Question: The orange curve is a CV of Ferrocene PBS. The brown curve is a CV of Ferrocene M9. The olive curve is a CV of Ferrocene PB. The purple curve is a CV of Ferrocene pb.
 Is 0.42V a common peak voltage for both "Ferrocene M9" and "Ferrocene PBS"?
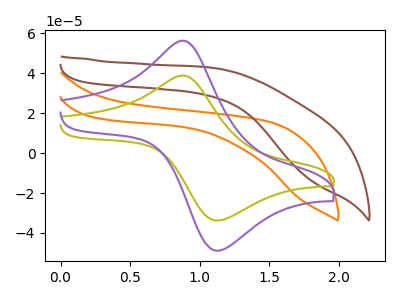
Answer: <think>The orange curve "Ferrocene PBS" has no peaks. The brown curve "Ferrocene M9" has no peaks. The olive curve "Ferrocene PB" has an anodic peak at (0.90V, 38.85uA) and a cathodic peak at (1.10V, -33.65uA). The purple curve "Ferrocene pb" has an anodic peak at (0.90V, 56.30uA) and a cathodic peak at (1.10V, -48.75uA).</think>
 <answer>No, "Ferrocene M9" and "Ferrocene PBS" dont share a peak at 0.42V.</answer>
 <eval>mismatch</eval>